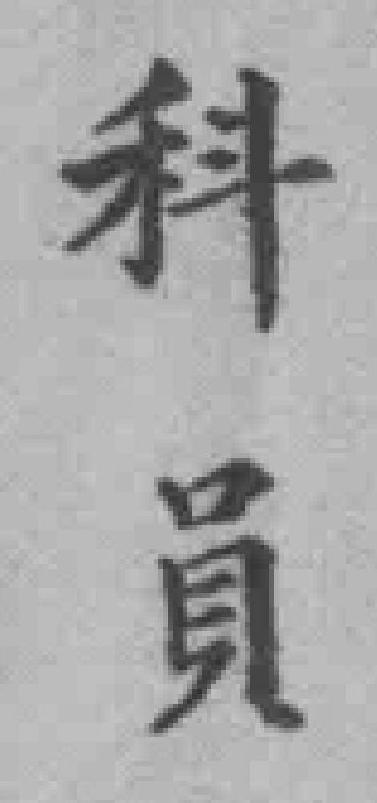
科員